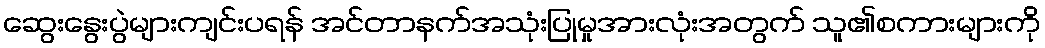
ဆွေးနွေးပွဲများကျင်းပရန် အင်တာနက်အသုံးပြုမှုအားလုံးအတွက် သူ၏စကားများကို